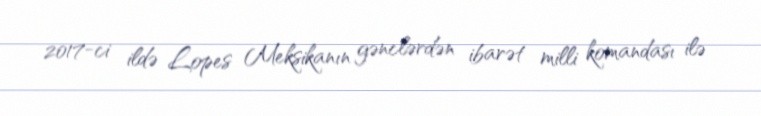
2017-ci ildə Lopes Meksikanın gənclərdən ibarət milli komandası ilə